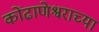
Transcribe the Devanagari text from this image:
कोंढाणेश्वराच्या